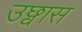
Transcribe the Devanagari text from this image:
उछ्वास